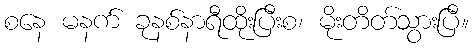
စနေ မနက် ခုနစ်နာရီထိုးပြီးစ၊ မိုးတိတ်သွားပြီ။